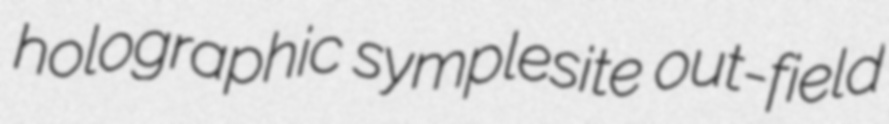
holographic symplesite out-field